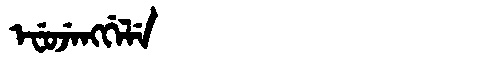
Manchu: ᡝᠸᡠᠵᡝᠩᡤᡝᠯᡝ
Romanization: EFUJENGGELE